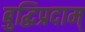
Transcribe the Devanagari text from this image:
बुद्धिप्रदाम्